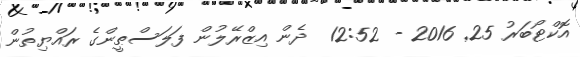
އޮކްޓޯބަރު 25